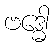
ဗဒ္ဓေါ